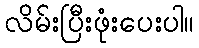
လိမ်းပြီးဖုံးပေးပါ။